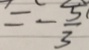
= - \frac { 5 } { 3 }